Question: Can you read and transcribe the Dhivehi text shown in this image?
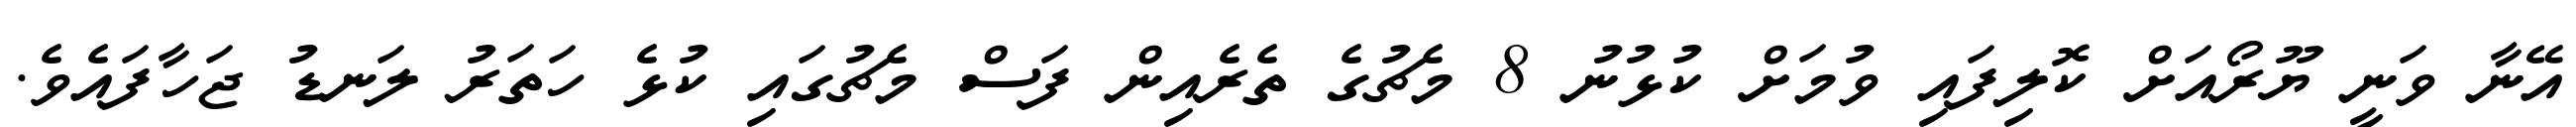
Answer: އޭނާ ވަނީ ޔޫރޯއަށް ކޮލިފައި ވުމަށް ކުޅުނު 8 މެޗުގެ ތެރެއިން ފަސް މެޗުގައި ކުޅެ ހަތަރު ލަނޑު ޖަހާފައެވެ.